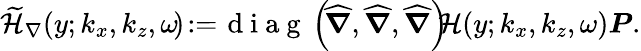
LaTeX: \begin{array}{r}{\mathcal{\widetilde{H}}_{\nabla}(y;k_{x},k_{z},\omega\! )\! :=\! \mathrm{~d~i~a~g~}\left(\! \boldsymbol{\widehat{\nabla}},\boldsymbol{\widehat{\nabla}},\boldsymbol{\widehat{\nabla}}\right)\! \! \mathcal{H}(y;k_{x},k_{z},\omega)\boldsymbol{P}.}\end{array}